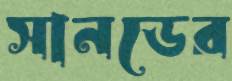
সানডের